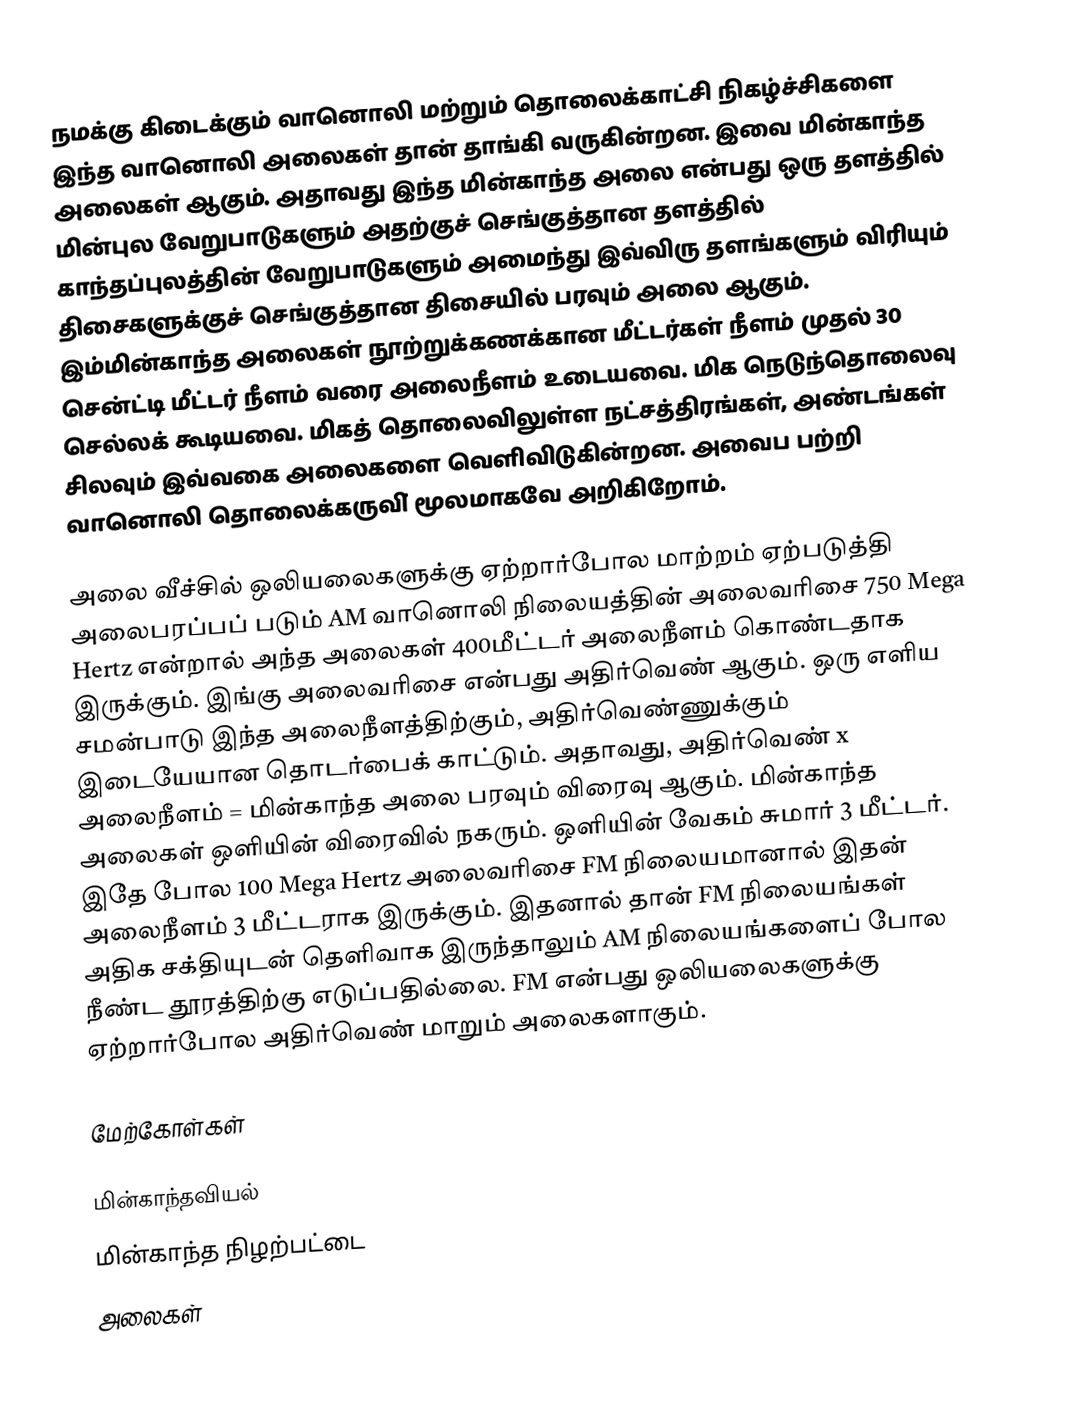
நமக்கு கிடைக்கும் வானொலி மற்றும் தொலைக்காட்சி நிகழ்ச்சிகளை இந்த வானொலி அலைகள் தான் தாங்கி வருகின்றன. இவை மின்காந்த அலைகள் ஆகும். அதாவது இந்த மின்காந்த அலை என்பது ஒரு தளத்தில் மின்புல வேறுபாடுகளும் அதற்குச் செங்குத்தான தளத்தில் காந்தப்புலத்தின் வேறுபாடுகளும் அமைந்து இவ்விரு தளங்களும் விரியும் திசைகளுக்குச் செங்குத்தான திசையில் பரவும் அலை ஆகும். இம்மின்காந்த அலைகள் நூற்றுக்கணக்கான மீட்டர்கள் நீளம் முதல் 30 சென்ட்டி மீட்டர் நீளம் வரை அலைநீளம் உடையவை. மிக நெடுந்தொலைவு செல்லக் கூடியவை. மிகத் தொலைவிலுள்ள நட்சத்திரங்கள், அண்டங்கள் சிலவும் இவ்வகை அலைகளை வெளிவிடுகின்றன. அவைப பற்றி வானொலி தொலைக்கருவி் மூலமாகவே அறிகிறோம்.

அலை வீச்சில் ஒலியலைகளுக்கு ஏற்றார்போல மாற்றம் ஏற்படுத்தி அலைபரப்பப் படும் AM வானொலி நிலையத்தின் அலைவரிசை 750 Mega Hertz என்றால் அந்த அலைகள் 400மீட்டர் அலைநீளம் கொண்டதாக இருக்கும். இங்கு அலைவரிசை என்பது அதிர்வெண் ஆகும். ஒரு எளிய சமன்பாடு இந்த அலைநீளத்திற்கும், அதிர்வெண்ணுக்கும் இடையேயான தொடர்பைக் காட்டும். அதாவது,  அதிர்வெண் x அலைநீளம் = மின்காந்த அலை பரவும் விரைவு ஆகும். மின்காந்த அலைகள் ஒளியின் விரைவில் நகரும். ஒளியின் வேகம் சுமார் 3 மீட்டர். இதே போல 100 Mega Hertz அலைவரிசை FM நிலையமானால் இதன் அலைநீளம் 3 மீட்டராக இருக்கும். இதனால் தான் FM நிலையங்கள் அதிக சக்தியுடன் தெளிவாக இருந்தாலும் AM நிலையங்களைப் போல நீண்ட தூரத்திற்கு எடுப்பதில்லை. FM என்பது ஒலியலைகளுக்கு ஏற்றார்போல அதிர்வெண் மாறும் அலைகளாகும்.

மேற்கோள்கள்

மின்காந்தவியல்
மின்காந்த நிழற்பட்டை
அலைகள்